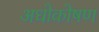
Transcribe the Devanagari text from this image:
अधोकोषण